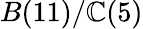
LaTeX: B(11)/\mathbb{C}(5)